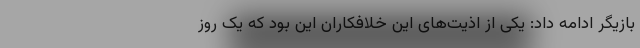
بازیگر ادامه داد: یکی از اذیت‌های این خلافکاران این بود که یک روز